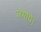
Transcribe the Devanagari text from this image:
जगाये।